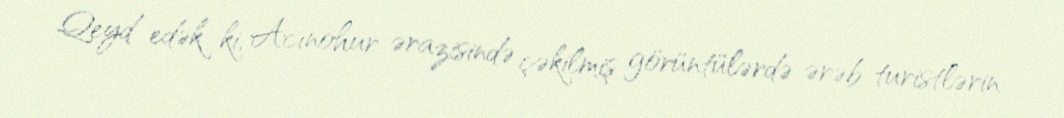
Qeyd edək ki, Acınohur ərazisində çəkilmiş görüntülərdə ərəb turistlərin